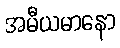
အမီယမာနော